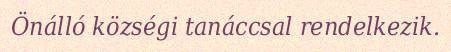
Önálló községi tanáccsal rendelkezik.